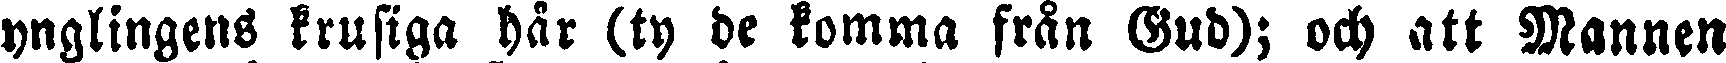
ynglingens krusiga hår (ty de komma från Gud); och att Mannen